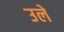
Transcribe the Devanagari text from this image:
उले